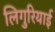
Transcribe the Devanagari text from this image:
लिगुरियाई